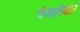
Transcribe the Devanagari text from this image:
फंसानेवाले